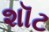
શૉટ